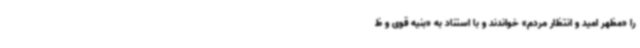
را «مظهر امید و انتظار مردم» خواندند و با استناد به «بنیه قوی و ظ